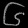
Digit: ၆